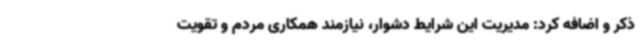
ذکر و اضافه کرد: مدیریت این شرایط دشوار، نیازمند همکاری مردم و تقویت